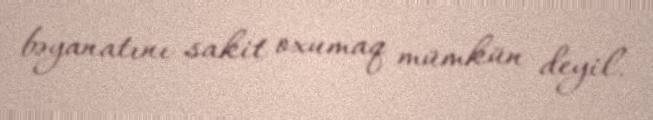
bəyanatını sakit oxumaq mümkün deyil.